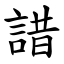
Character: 諎